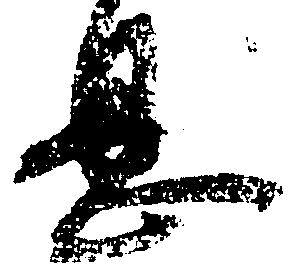
息